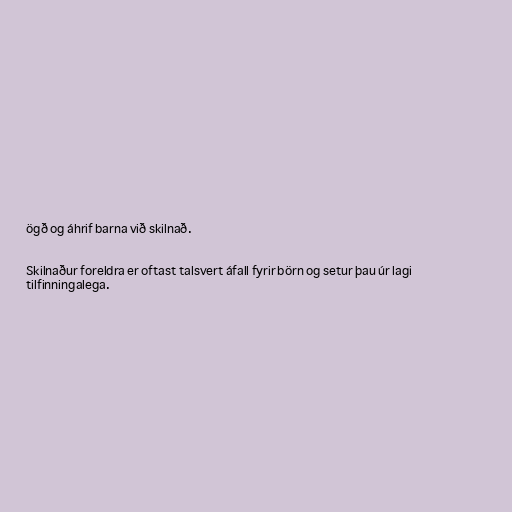
ögð og áhrif barna við skilnað.

Skilnaður foreldra er oftast talsvert áfall fyrir börn og setur þau úr lagi
tilfinningalega.